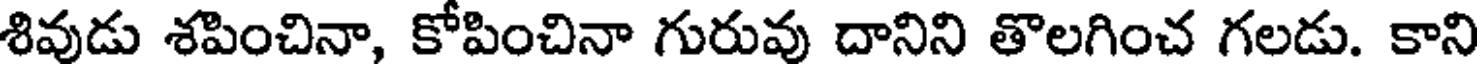
శివుడు శపించినా, కోపించినా గురువు దానిని తొలగించ గలడు. కాని